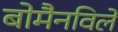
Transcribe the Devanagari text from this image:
बोमैनविले